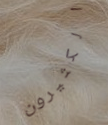
الكثيرون